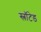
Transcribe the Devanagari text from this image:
स्लॉटेड